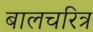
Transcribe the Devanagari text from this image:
बालचरित्र